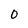
Character: O